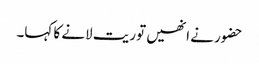
حضور نے انھیں توریت لانے کا کہا۔